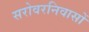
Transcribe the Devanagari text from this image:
सरोवरनिवासों